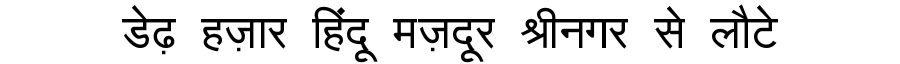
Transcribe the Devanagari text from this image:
डेढ़ हज़ार हिंदू मज़दूर श्रीनगर से लौटे